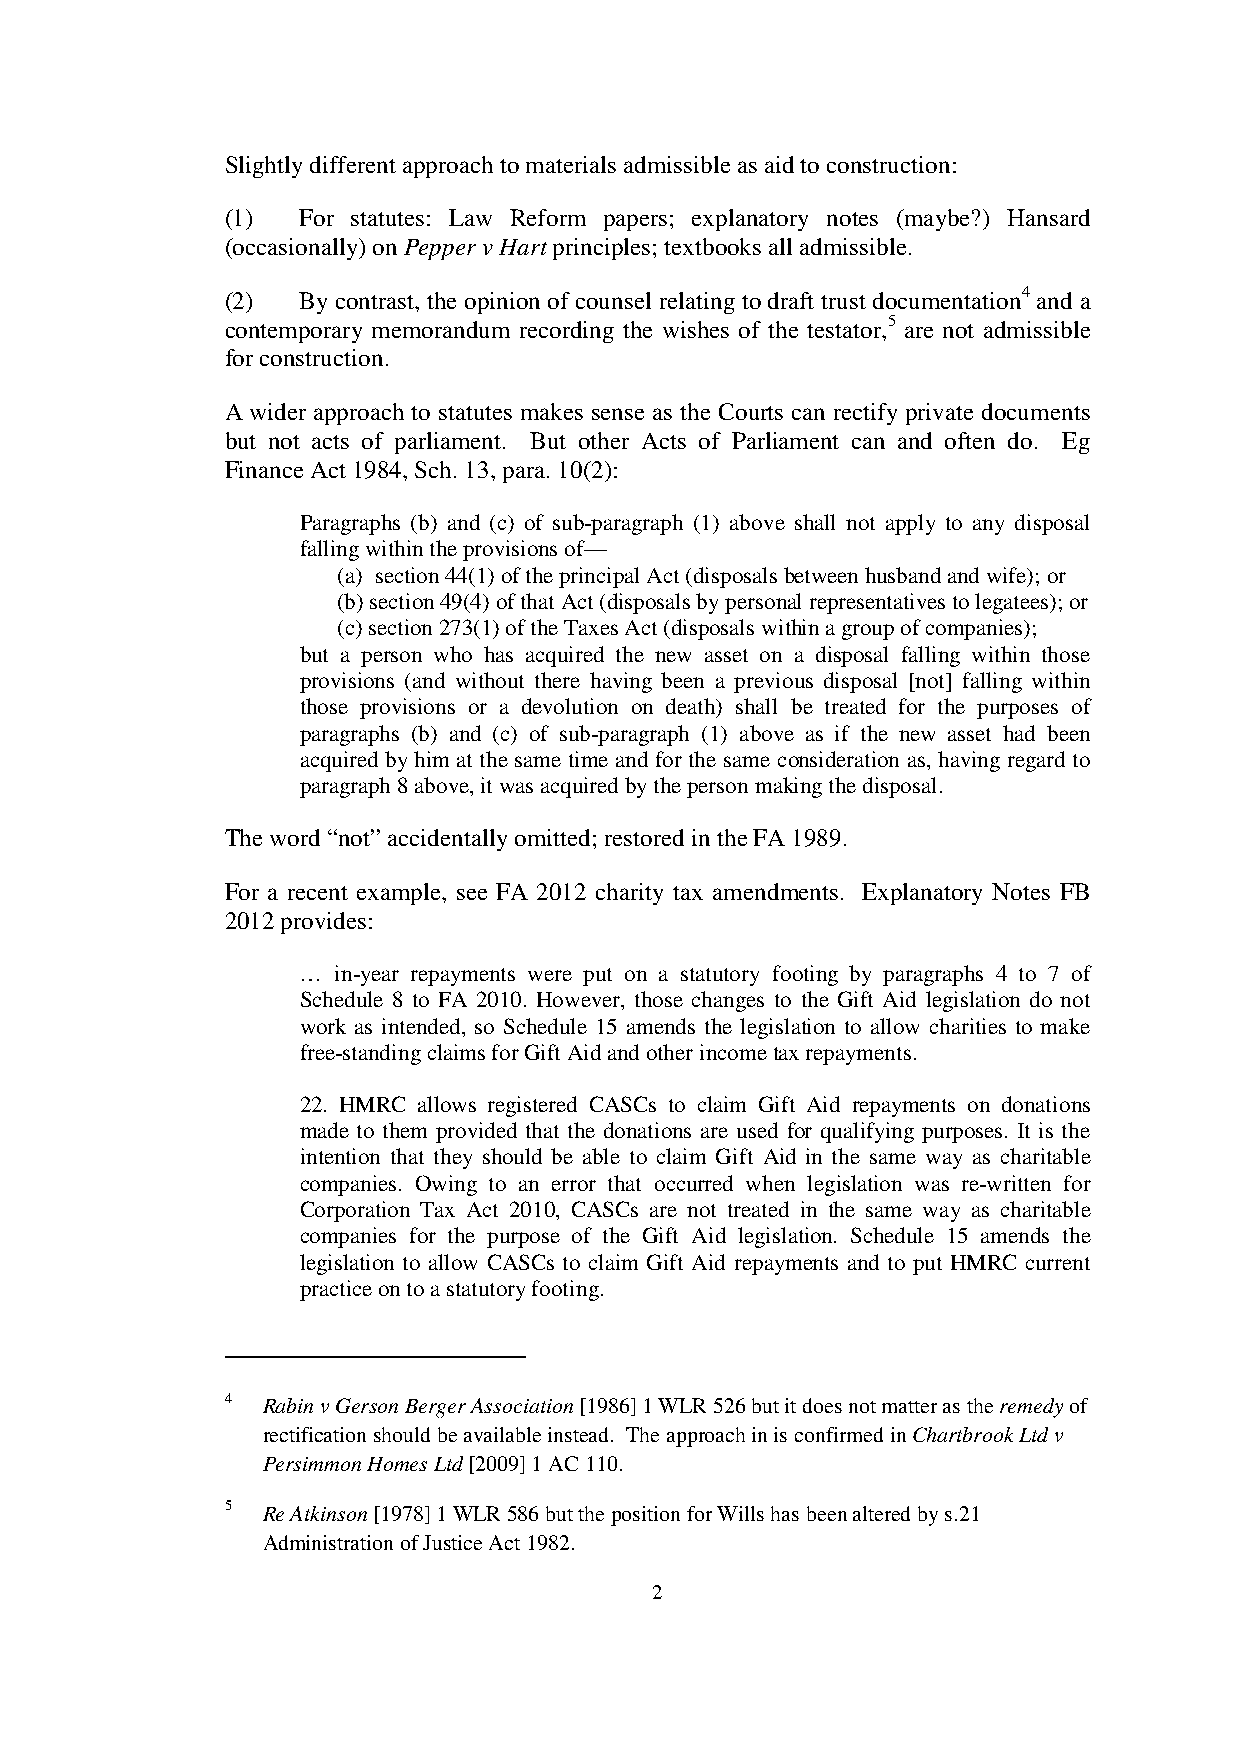
Slightly different approach to materials admissible as aid to construction:
 (1)  For statutes: Law Reform papers; explanatory notes (maybe?) Hansard
 (occasionally) on Pepper v Hart principles; textbooks all admissible.
 (2)  By contrast, the opinion of counsel relating to draft trust documentation4 and a
 contemporary memorandum recording the wishes of the testator,5 are not admissible
 for construction.
 A wider approach to statutes makes sense as the Courts can rectify private documents
 but not acts of parliament. But other Acts of Parliament can and often do. Eg
 Finance Act 1984, Sch. 13, para. 10(2):
 Paragraphs (b) and (c) of sub-paragraph (1) above shall not apply to any disposal
 falling within the provisions of—
 (a) section 44(1) of the principal Act (disposals between husband and wife); or
 (b) section 49(4) of that Act (disposals by personal representatives to legatees); or
 (c) section 273(1) of the Taxes Act (disposals within a group of companies);
 but a person who has acquired the new asset on a disposal falling within those
 provisions (and without there having been a previous disposal [not] falling within
 those provisions or a devolution on death) shall be treated for the purposes of
 paragraphs (b) and (c) of sub-paragraph (1) above as if the new asset had been
 acquired by him at the same time and for the same consideration as, having regard to
 paragraph 8 above, it was acquired by the person making the disposal.
 The word “not” accidentally omitted; restored in the FA 1989.
 For a recent example, see FA 2012 charity tax amendments. Explanatory Notes FB
 2012 provides:
 … in-year repayments were put on a statutory footing by paragraphs 4 to 7 of
 Schedule 8 to FA 2010. However, those changes to the Gift Aid legislation do not
 work as intended, so Schedule 15 amends the legislation to allow charities to make
 free-standing claims for Gift Aid and other income tax repayments.
 22. HMRC allows registered CASCs to claim Gift Aid repayments on donations
 made to them provided that the donations are used for qualifying purposes. It is the
 intention that they should be able to claim Gift Aid in the same way as charitable
 companies. Owing to an error that occurred when legislation was re-written for
 Corporation Tax Act 2010, CASCs are not treated in the same way as charitable
 companies for the purpose of the Gift Aid legislation. Schedule 15 amends the
 legislation to allow CASCs to claim Gift Aid repayments and to put HMRC current
 practice on to a statutory footing.
 4 Rabin v Gerson Berger Association [1986] 1 WLR 526 but it does not matter as the remedy of
 rectification should be available instead. The approach in is confirmed in Chartbrook Ltd v
 Persimmon Homes Ltd [2009] 1 AC 110.
 5 Re Atkinson [1978] 1 WLR 586 but the position for Wills has been altered by s.21
 Administration of Justice Act 1982.
 2